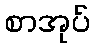
စာအုပ်